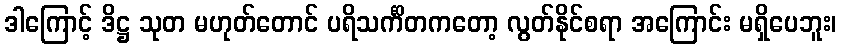
ဒါကြောင့် ဒိဋ္ဌ သုတ မဟုတ်တောင် ပရိသင်္ကိတကတော့ လွတ်နိုင်စရာ အကြောင်း မရှိပေဘူး၊